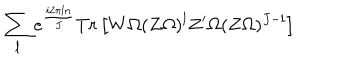
\sum _ { l } e ^ { \frac { i 2 \pi l n } { J } } T r \left[ W \Omega ( Z \Omega ) ^ { l } Z ^ { \prime } \Omega ( Z \Omega ) ^ { J - l } \right]